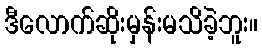
ဒီလောက်ဆိုးမှန်းမသိခဲ့ဘူး။